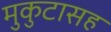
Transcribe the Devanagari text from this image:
मुकुटासह